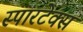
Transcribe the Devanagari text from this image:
स्पारटेक्स